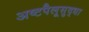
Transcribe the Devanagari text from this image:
अष्टपैलूसुद्धा